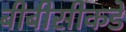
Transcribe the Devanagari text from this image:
बीबीसीकडे